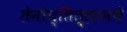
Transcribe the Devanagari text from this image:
तेनोच्तित्लानचे